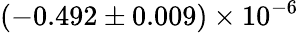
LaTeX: (-0.492\pm 0.009)\times 10^{-6}